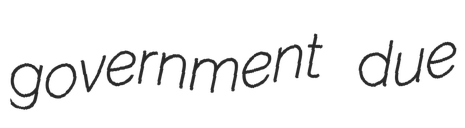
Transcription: government due